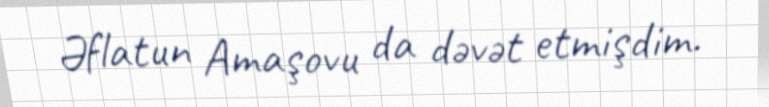
Əflatun Amaşovu da dəvət etmişdim.